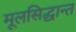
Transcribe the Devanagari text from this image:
मूलसिद्धान्त